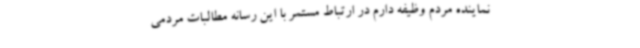
نماینده مردم وظیفه دارم در ارتباط مستمر با این رسانه مطالبات مردمی